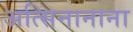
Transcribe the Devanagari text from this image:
अत्सिनानाना